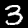
Label: 3